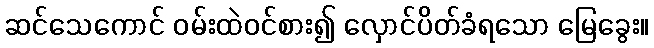
ဆင်သေကောင် ဝမ်းထဲဝင်စား၍ လှောင်ပိတ်ခံရသော မြေခွေး။